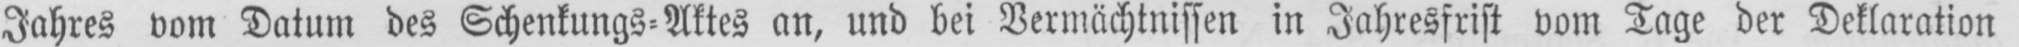
Jahres vom Datum des Schenkungs-Aktes an, und bei Vermächtnissen in Jahresfrist vom Tage der Deklaration